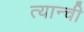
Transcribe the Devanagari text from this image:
त्यान्ची